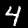
Digit: 4